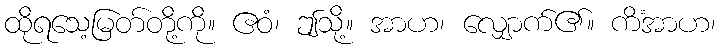
ထိုရသေ့မြတ်တို့ကို။ ဧဝံ၊ ဤသို့။ အာဟ၊ လျှောက်၏။ ကိံအာဟ၊